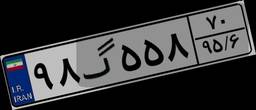
۰۸گ۶۴۰۶۶